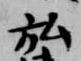
弘